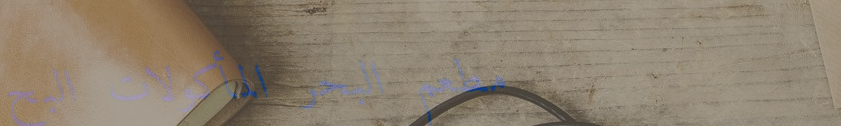
مطعم البحر المأكولات البح